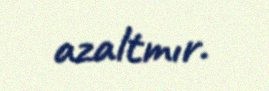
azaltmır.